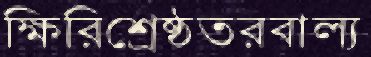
ক্ষিরিশ্রেষ্ঠতরবাল্য